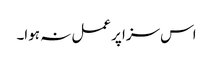
اس سزا پر عمل نہ ہوا۔